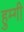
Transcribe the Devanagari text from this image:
हुम्गी